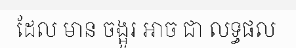
ដែល មាន ចង្អូរ អាច ជា លទ្ធផល